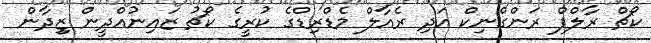
ކޯޗް ރާލްފް ރަންގްނިކް އަދި ރެއާލް މެޑްރިޑްގެ ކުރީގެ ކޯޗު ޒައިނުއްދީން ޒިިދާން